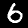
Digit: 6